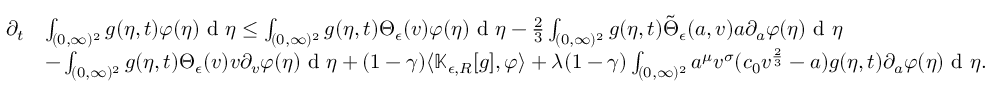
\begin{array} { r l } { \partial _ { t } } & { \int _ { ( 0 , \infty ) ^ { 2 } } g ( \eta , t ) \varphi ( \eta ) \textup { d } \eta \leq \int _ { ( 0 , \infty ) ^ { 2 } } g ( \eta , t ) \Theta _ { \epsilon } ( v ) \varphi ( \eta ) \textup { d } \eta - \frac { 2 } { 3 } \int _ { ( 0 , \infty ) ^ { 2 } } g ( \eta , t ) \tilde { \Theta } _ { \epsilon } ( a , v ) a \partial _ { a } \varphi ( \eta ) \textup { d } \eta } \\ & { - \int _ { ( 0 , \infty ) ^ { 2 } } g ( \eta , t ) \Theta _ { \epsilon } ( v ) v \partial _ { v } \varphi ( \eta ) \textup { d } \eta + ( 1 - \gamma ) \langle \mathbb { K } _ { \epsilon , R } [ g ] , \varphi \rangle + \lambda ( 1 - \gamma ) \int _ { ( 0 , \infty ) ^ { 2 } } a ^ { \mu } v ^ { \sigma } ( c _ { 0 } v ^ { \frac { 2 } { 3 } } - a ) g ( \eta , t ) \partial _ { a } \varphi ( \eta ) \textup { d } \eta . } \end{array}